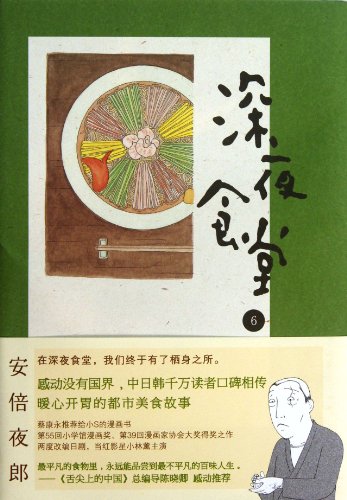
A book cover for Shinya Shokudo 6 (Chinese Edition); Abe Yaro; Comics & Graphic Novels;